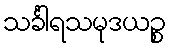
သင်္ခါရသမုဒယဉ္စ